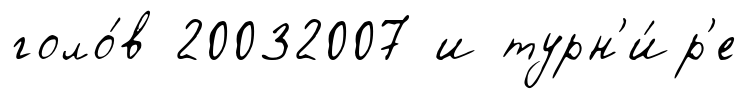
голо́в 20032007 и турн'и́р'е